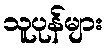
သူပုန်များ